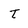
Character: t